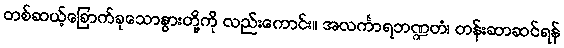
တစ်ဆယ့်ခြောက်ခုသောနွားတို့ကို လည်းကောင်း။ အလင်္ကာရဘဏ္ဍတံ၊ တန်းဆာဆင်ရန်